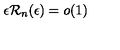
\epsilon { \mathcal R } _ { n } ( \epsilon ) = o ( 1 )